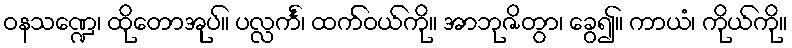
ဝနသဏ္ဍေ၊ ထိုတောအုပ်။ ပလ္လင်္ကံ၊ ထက်ဝယ်ကို။ အာဘုဇိတွာ၊ ခွေ၍။ ကာယံ၊ ကိုယ်ကို။